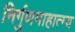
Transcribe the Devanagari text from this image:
निर्गुणमाहात्म्य